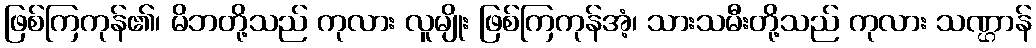
ဖြစ်ကြကုန်၏၊ မိဘတို့သည် ကုလား လူမျိုး ဖြစ်ကြကုန်အံ့၊ သားသမီးတို့သည် ကုလား သဏ္ဌာန်